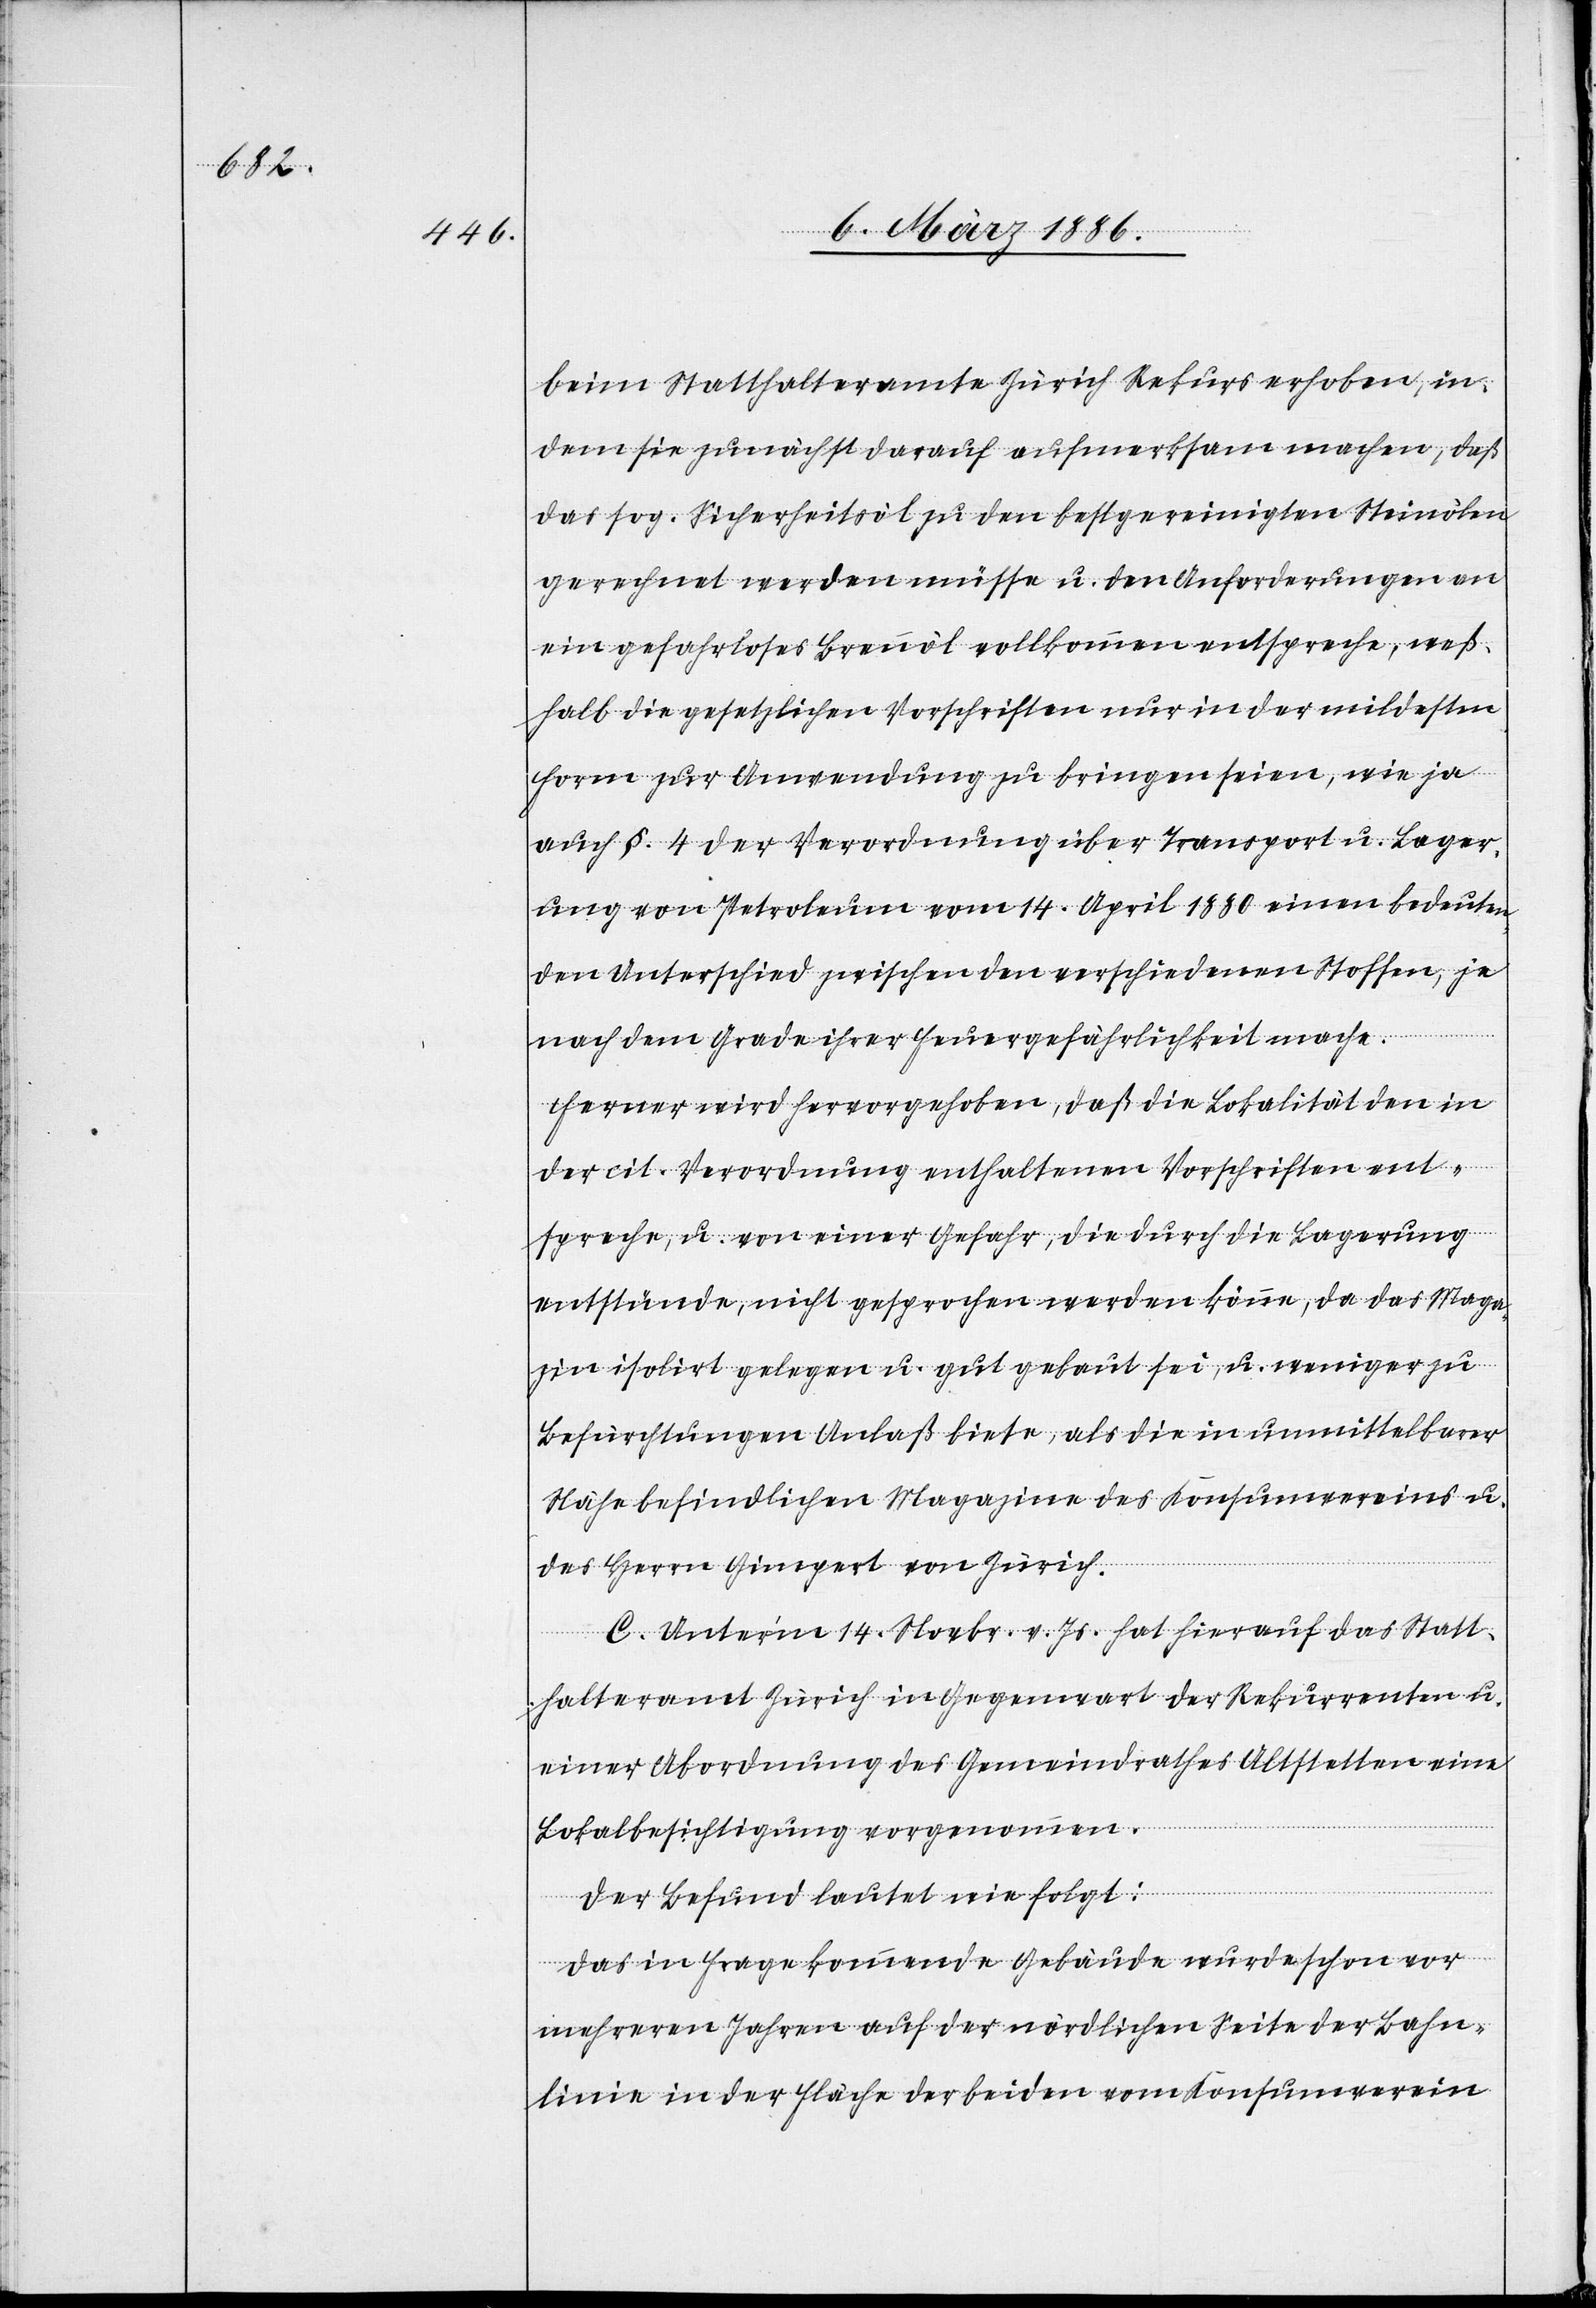
beim Statthalteramte Zürich Rekurs erhoben, in¬
dem sie zunächst darauf aufmerksam machen, daß
das sog. Sicherheitsöl zu den bestgereinigten Steinölen
gerechnet werden müsse u. den Anforderungen an
ein gefahrloses Brennöl vollkommen entspreche, weß¬
halb die gesetzlichen Vorschriften nur in der mildesten
Form zur Anwendung zu bringen seien, wie ja
auch §. 4 der Verordnung über Transport u. Lager¬
ung von Petroleum vom 14. April 1880 einen bedeuten¬
den Unterschied zwischen den verschiedenen Stoffen, je
nach dem Grade ihrer Feuergefährlichkeit mache.
Ferner wird hervorgehoben, daß die Lokalität den in
der cit. Verordnung enthaltenen Vorschriften ent¬
spreche, u. von einer Gefahr, die durch die Lagerung
entstünde, nicht gesprochen werden könne, da das Maga¬
zin isolirt gelegen u. gut gebaut sei, u. weniger zu
Befürchtungen Anlaß biete, als die in unmittelbarer
Nähe befindlichen Magazine des Konsumvereins u.
des Herrn Gimpert von Zürich.
C. Unter’m 14, Novbr. v. Js. hat hierauf das Statt¬
halteramt Zürich in Gegenwart der Rekurrenten u.
einer Abordnung des Gemeindrathes Altstetten eine
Lokalbesichtigung vorgenommen.
Der Befund lautet wie folgt:
„Das in Frage kommende Gebäude wurde schon vor
mehreren Jahren auf der nördlichen Seite der Bahn¬
linie in der Fläche der beiden vom Konsumverein